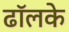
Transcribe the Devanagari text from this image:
ढॉलके